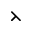
\leftthreetimes